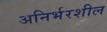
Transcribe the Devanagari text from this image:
अनिर्भरशील